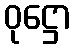
ဝုဋ္ဌော